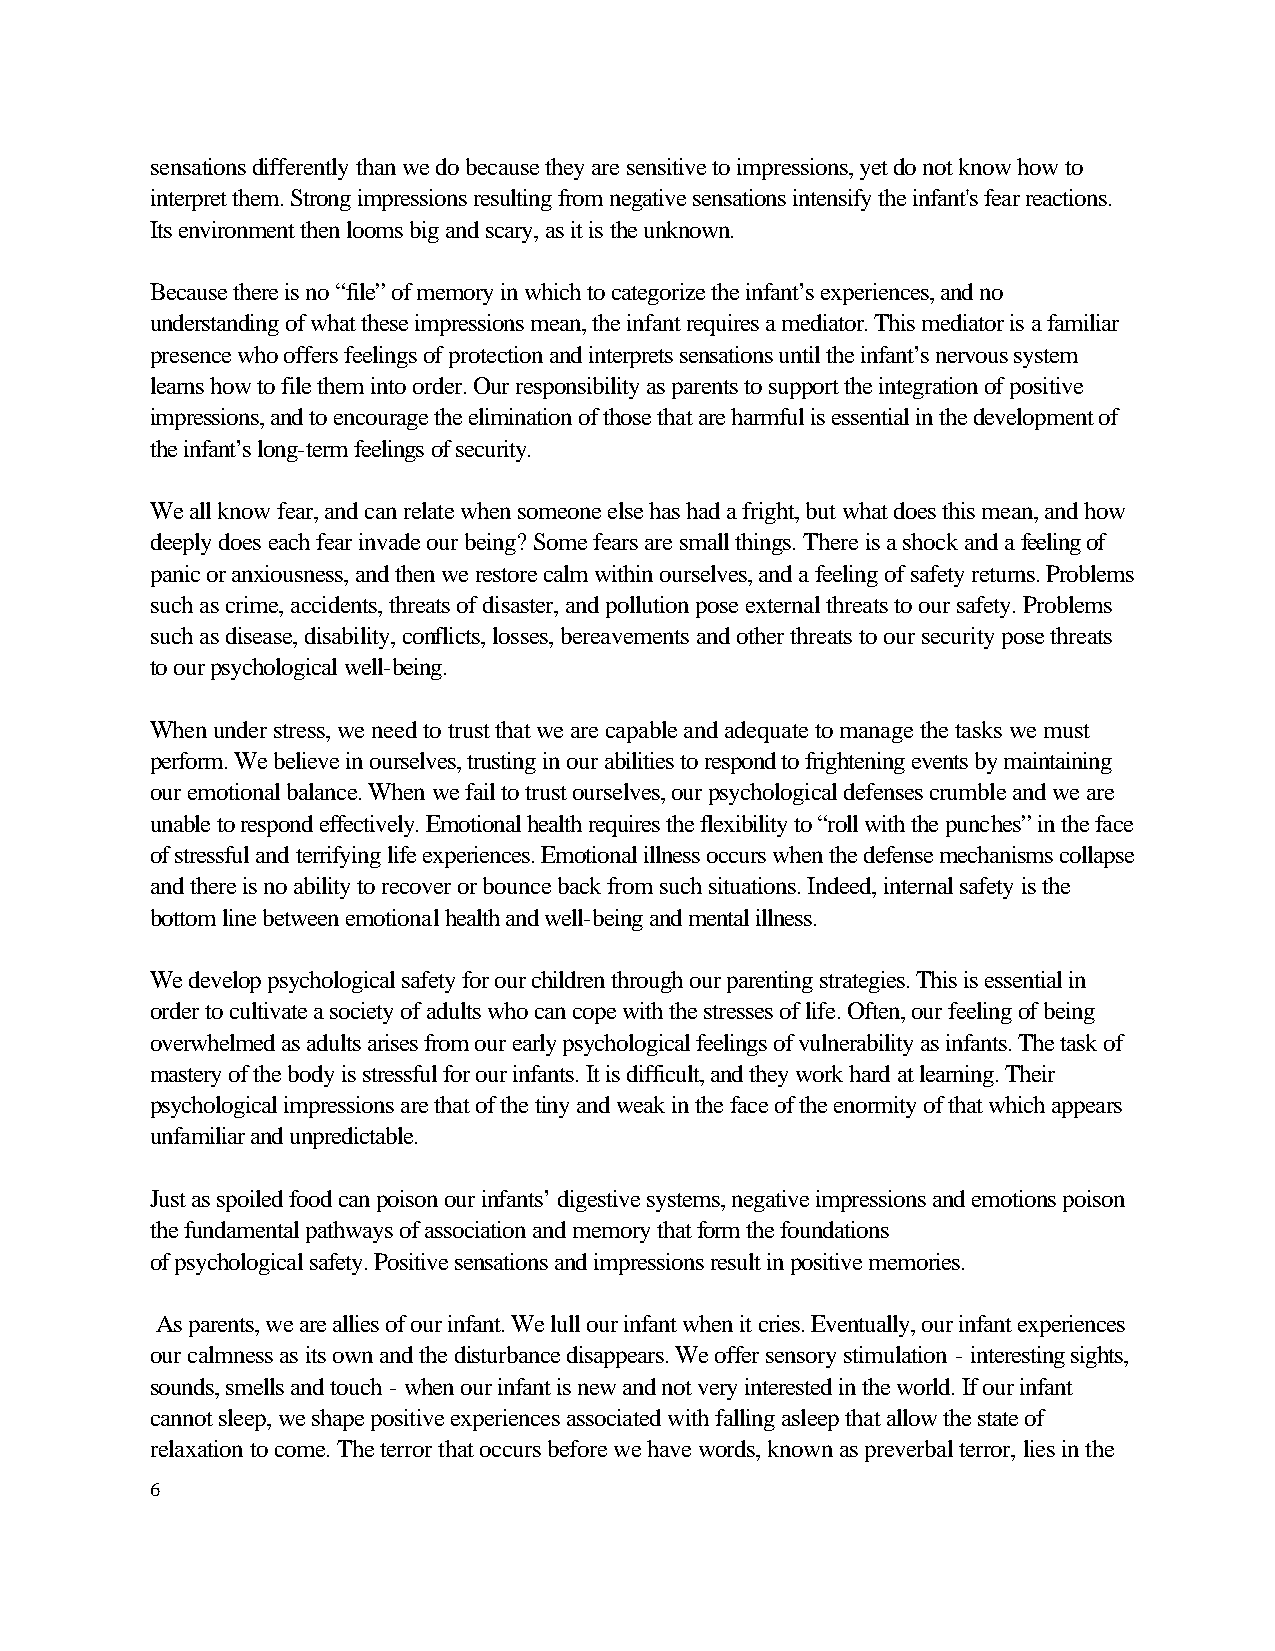
sensations differently than we do because they are sensitive to impressions, yet do not know how to
 interpret them. Strong impressions resulting from negative sensations intensify the infant's fear reactions.
 Its environment then looms big and scary, as it is the unknown.
 Because there is no “file” of memory in which to categorize the infant’s experiences, and no
 understanding of what these impressions mean, the infant requires a mediator. This mediator is a familiar
 presence who offers feelings of protection and interprets sensations until the infant’s nervous system
 learns how to file them into order. Our responsibility as parents to support the integration of positive
 impressions, and to encourage the elimination of those that are harmful is essential in the development of
 the infant’s long-term feelings of security.
 We all know fear, and can relate when someone else has had a fright, but what does this mean, and how
 deeply does each fear invade our being? Some fears are small things. There is a shock and a feeling of
 panic or anxiousness, and then we restore calm within ourselves, and a feeling of safety returns. Problems
 such as crime, accidents, threats of disaster, and pollution pose external threats to our safety. Problems
 such as disease, disability, conflicts, losses, bereavements and other threats to our security pose threats
 to our psychological well-being.
 When under stress, we need to trust that we are capable and adequate to manage the tasks we must
 perform. We believe in ourselves, trusting in our abilities to respond to frightening events by maintaining
 our emotional balance. When we fail to trust ourselves, our psychological defenses crumble and we are
 unable to respond effectively. Emotional health requires the flexibility to “roll with the punches” in the face
 of stressful and terrifying life experiences. Emotional illness occurs when the defense mechanisms collapse
 and there is no ability to recover or bounce back from such situations. Indeed, internal safety is the
 bottom line between emotional health and well-being and mental illness.
 We develop psychological safety for our children through our parenting strategies. This is essential in
 order to cultivate a society of adults who can cope with the stresses of life. Often, our feeling of being
 overwhelmed as adults arises from our early psychological feelings of vulnerability as infants. The task of
 mastery of the body is stressful for our infants. It is difficult, and they work hard at learning. Their
 psychological impressions are that of the tiny and weak in the face of the enormity of that which appears
 unfamiliar and unpredictable.
 Just as spoiled food can poison our infants’ digestive systems, negative impressions and emotions poison
 the fundamental pathways of association and memory that form the foundations
 of psychological safety. Positive sensations and impressions result in positive memories.
 As parents, we are allies of our infant. We lull our infant when it cries. Eventually, our infant experiences
 our calmness as its own and the disturbance disappears. We offer sensory stimulation - interesting sights,
 sounds, smells and touch - when our infant is new and not very interested in the world. If our infant
 cannot sleep, we shape positive experiences associated with falling asleep that allow the state of
 relaxation to come. The terror that occurs before we have words, known as preverbal terror, lies in the
 6